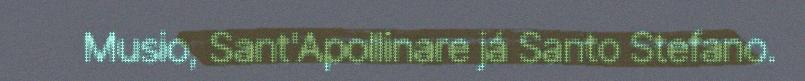
Musio, Sant'Apollinare já Santo Stefano.